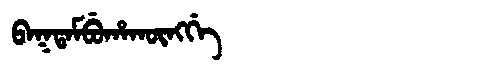
Manchu: ᠪᠠᡴᡨᠠᠮᠪᡠᡥᠠᡴᡡᠩᡤᡝ
Romanization: BAKTAMBUHAKŪNGGE